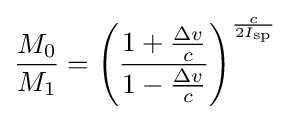
{\frac {M_{0}}{M_{1}}}=\left({\frac {1+{\frac {\Delta v}{c}}}{1-{\frac {\Delta v}{c}}}}\right)^{\frac {c}{2I_{\text{sp}}}}